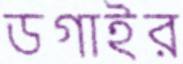
ডগাইর